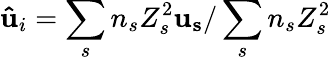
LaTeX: {\mathbf{\hat{u}}}_{i}=\sum_{s}n_{s}Z_{s}^{2}{\mathbf{u_{s}}}/\sum_{s}n_{s}Z_{s}^{2}